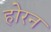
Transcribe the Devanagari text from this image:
होरन